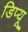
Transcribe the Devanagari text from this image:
डिप्यू